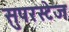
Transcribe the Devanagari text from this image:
सुपरस्टेज